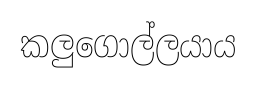
කලුගොල්ලයාය